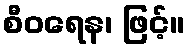
စီဝရေန၊ ဖြင့်။